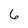
Character: 6